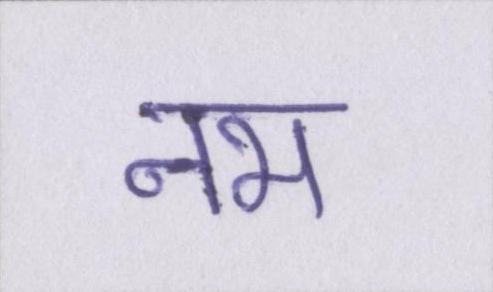
नभ